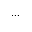
. . .